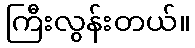
ကြီးလွန်းတယ်။